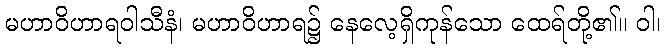
မဟာဝိဟာရဝါသီနံ၊ မဟာဝိဟာရ၌ နေလေ့ရှိကုန်သော ထေရ်တို့၏။ ဝါ၊